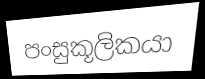
පංසුකූලිකයා